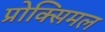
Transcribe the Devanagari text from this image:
प्रोक्सिमल